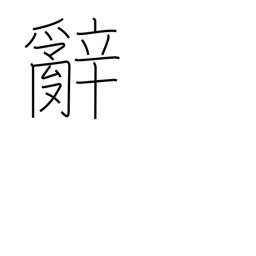
Meaning: words